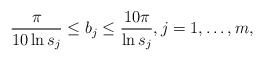
\begin{align*}\frac{\pi}{10\ln s_{j}}\leq b_{j}\leq \frac{10\pi}{\ln s_{j}}, j=1,\dots, m,\end{align*}